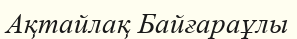
Ақтайлақ Байғараұлы